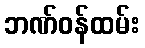
ဘဏ်ဝန်ထမ်း